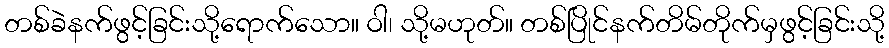
တစ်ခဲနက်ဖွင့်ခြင်းသို့ရောက်သော။ ဝါ၊ သို့မဟုတ်။ တစ်ပြိုင်နက်တိမ်တိုက်မှဖွင့်ခြင်းသို့